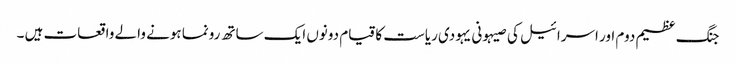
جنگ عظیم دوم اور اسرائیل کی صیہونی یہودی ریاست کا قیام دونوں ایک ساتھ رونما ہونے والے واقعات ہیں ۔